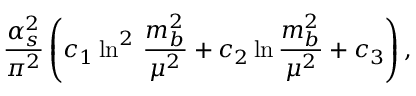
\frac { \alpha _ { s } ^ { 2 } } { \pi ^ { 2 } } \left( c _ { 1 } \ln ^ { 2 } \, \frac { m _ { b } ^ { 2 } } { \mu ^ { 2 } } + c _ { 2 } \ln \frac { m _ { b } ^ { 2 } } { \mu ^ { 2 } } + c _ { 3 } \right) ,